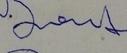
Signature authenticity: forged